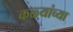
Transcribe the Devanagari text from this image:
कळ्यांच्या